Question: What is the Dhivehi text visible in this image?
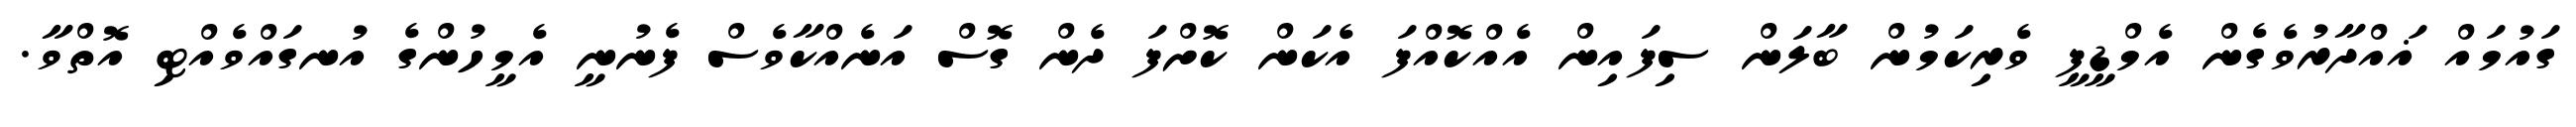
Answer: ގައުމައް ޣައްދާރުވެގެން އެމްޑީޕީ ވެރިކަމުން ބާލަން ސިފައިން އެއްކޮއްފަ އެކަން ކޮށްފަ ދެން ގޮސް އަނެއްކާވެސް ފެނުނީ އެމީހުންގެ އުނގައްވެއްޓި އޮތްވާ.